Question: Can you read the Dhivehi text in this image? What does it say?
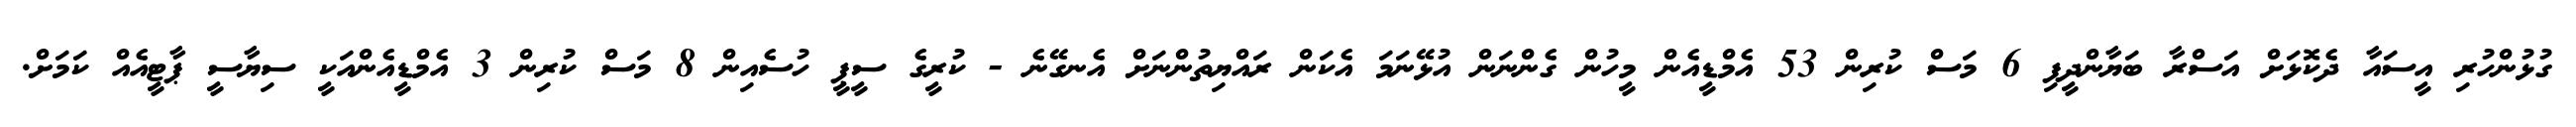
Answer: ގުޅުންހުރި އީސައާ ދެކޮޅަށް އަސްރާ ބަޔާންދީފި 6 މަސް ކުރިން 53 އެމްޑީއެން މީހުން ގެންނަން އުޅޭނަމަ އެކަން ރައްޔިތުންނަށް އެނގޭނެ - ކުރީގެ ސީޕީ ހުސެއިން 8 މަސް ކުރިން 3 އެމްޑީއެންއަކީ ސިޔާސީ ޕާޓީއެއް ކަމަށް.